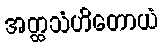
အတ္ထသံဟိတောယံ